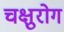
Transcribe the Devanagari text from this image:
चक्षुरोग